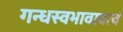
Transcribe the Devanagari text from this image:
गन्धस्वभावावत्वं